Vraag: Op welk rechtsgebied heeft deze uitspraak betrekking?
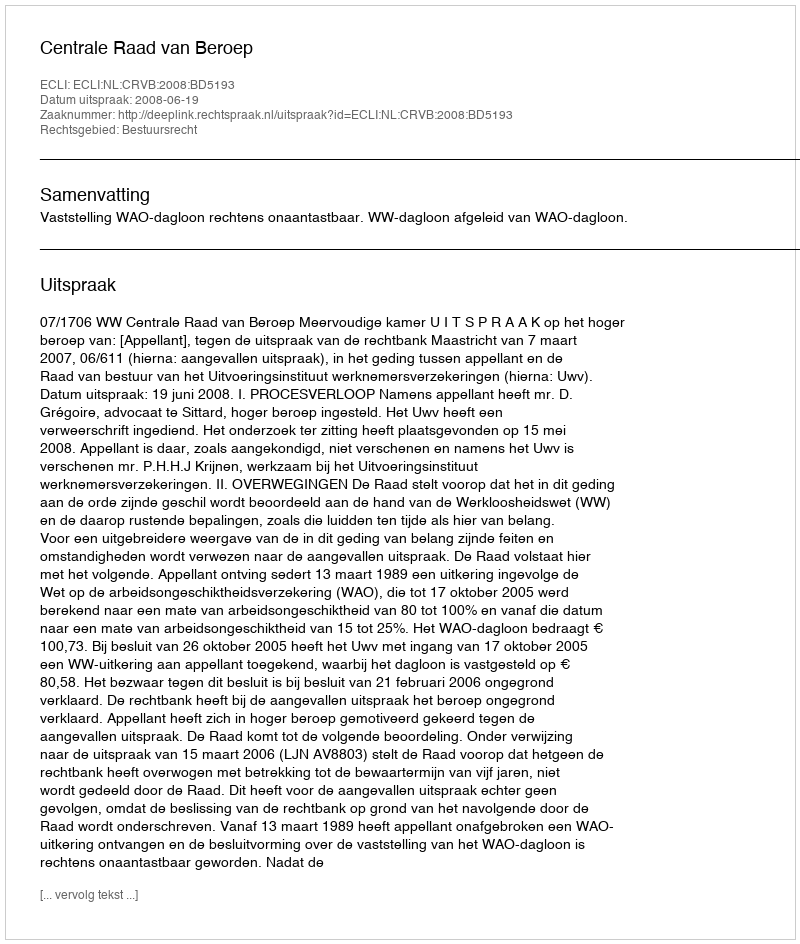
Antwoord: Bestuursrecht